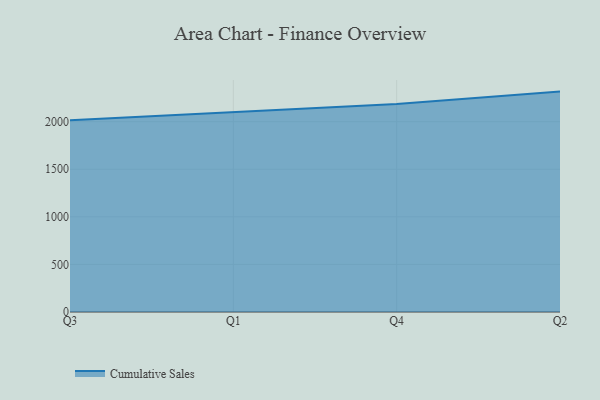
{"axis": {"x": "Quarter", "y": "Satisfaction Score"}, "legend": ["Cumulative Sales"], "data": [{"x": "Q3", "y": 2016.2, "type": "Cumulative Sales"}, {"x": "Q1", "y": 2098.2, "type": "Cumulative Sales"}, {"x": "Q4", "y": 2186.2, "type": "Cumulative Sales"}, {"x": "Q2", "y": 2316.4, "type": "Cumulative Sales"}]}